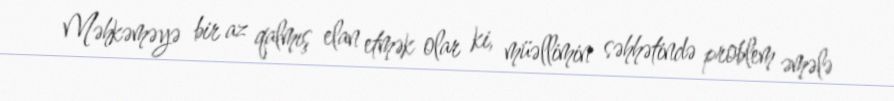
Məhkəməyə bir az qalmış elan etmək olar ki, müəllimin səhhətində problem əmələ